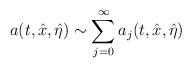
LaTeX: \begin{align*} a(t,\hat x,\hat \eta)\sim\sum^\infty_{j=0}a_j(t,\hat x,\hat\eta)\end{align*}